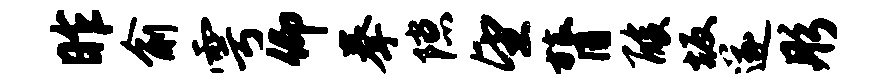
昨俞雩仰拳隙望膂酸坂遂彤